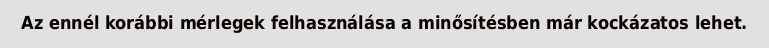
Az ennél korábbi mérlegek felhasználása a minősítésben már kockázatos lehet.